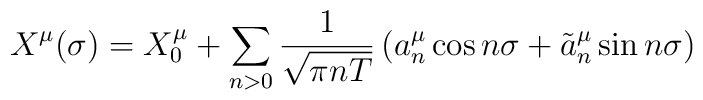
X^\mu (\sigma )=X_0^\mu +\sum_{n>0}\frac 1{\sqrt{\pi nT}}\left( a_n^\mu \cos {n\sigma }+\tilde a_n^\mu \sin {n\sigma }\right)